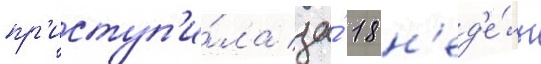
пр'иступ'и́ла за́ 18 н'ед'е́ль